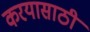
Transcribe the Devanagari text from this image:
करयासाठी